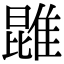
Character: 𨿪